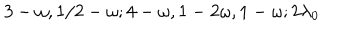
3 - \omega , 1 / 2 - \omega ; 4 - \omega , 1 - 2 \omega , 1 - \omega ; 2 \lambda _ { 0 }